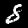
Digit: 8